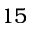
1 5